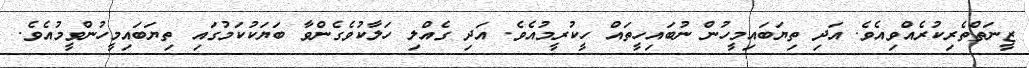
ޒީނަތްތެރިކުރެއްވިއެވެ. އަދި ތިޔަބައިމީހުން ނުބައިހީތައް ހީކުރީމުއެވެ. އަދި ގެއްލި ހަލާކުވެގެންވާ ބަޔަކުކަމުގައި ތިޔަބައިމީހުންވީމުއެވެ.